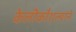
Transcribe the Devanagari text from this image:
केलीकौशल्याने